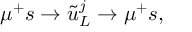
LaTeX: \mu ^ { + } s \to \tilde { u } _ { L } ^ { j } \to \mu ^ { + } s ,